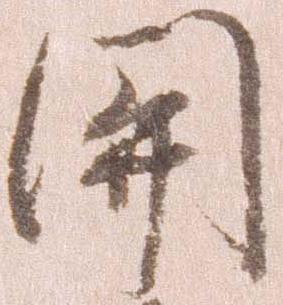
関